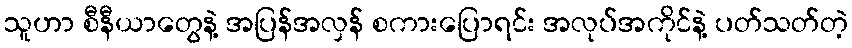
သူဟာ စီနီယာတွေနဲ့ အပြန်အလှန် စကားပြောရင်း အလုပ်အကိုင်နဲ့ ပတ်သတ်တဲ့